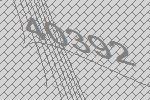
40392